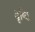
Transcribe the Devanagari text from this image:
दृष्‍टि